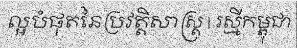
ល្អបំផុតនៃប្រវត្តិសាស្ត្រ | រស្មីកម្ពុជា